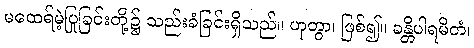
မထေရ်မဲ့ပြုခြင်းတို့၌ သည်းခံခြင်းရှိသည်။ ဟုတွာ၊ ဖြစ်၍။ ခန္တိပါရမိတံ၊